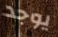
يوجد